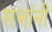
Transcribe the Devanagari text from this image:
सभांनी